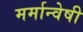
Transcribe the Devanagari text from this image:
मर्मान्‍वेषी